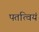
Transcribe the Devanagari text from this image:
पतत्वियं